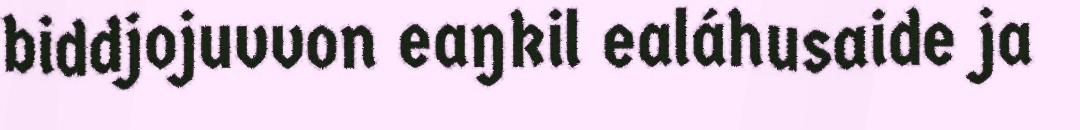
biddjojuvvon eaŋkil ealáhusaide ja